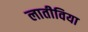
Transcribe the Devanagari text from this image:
लातीविया